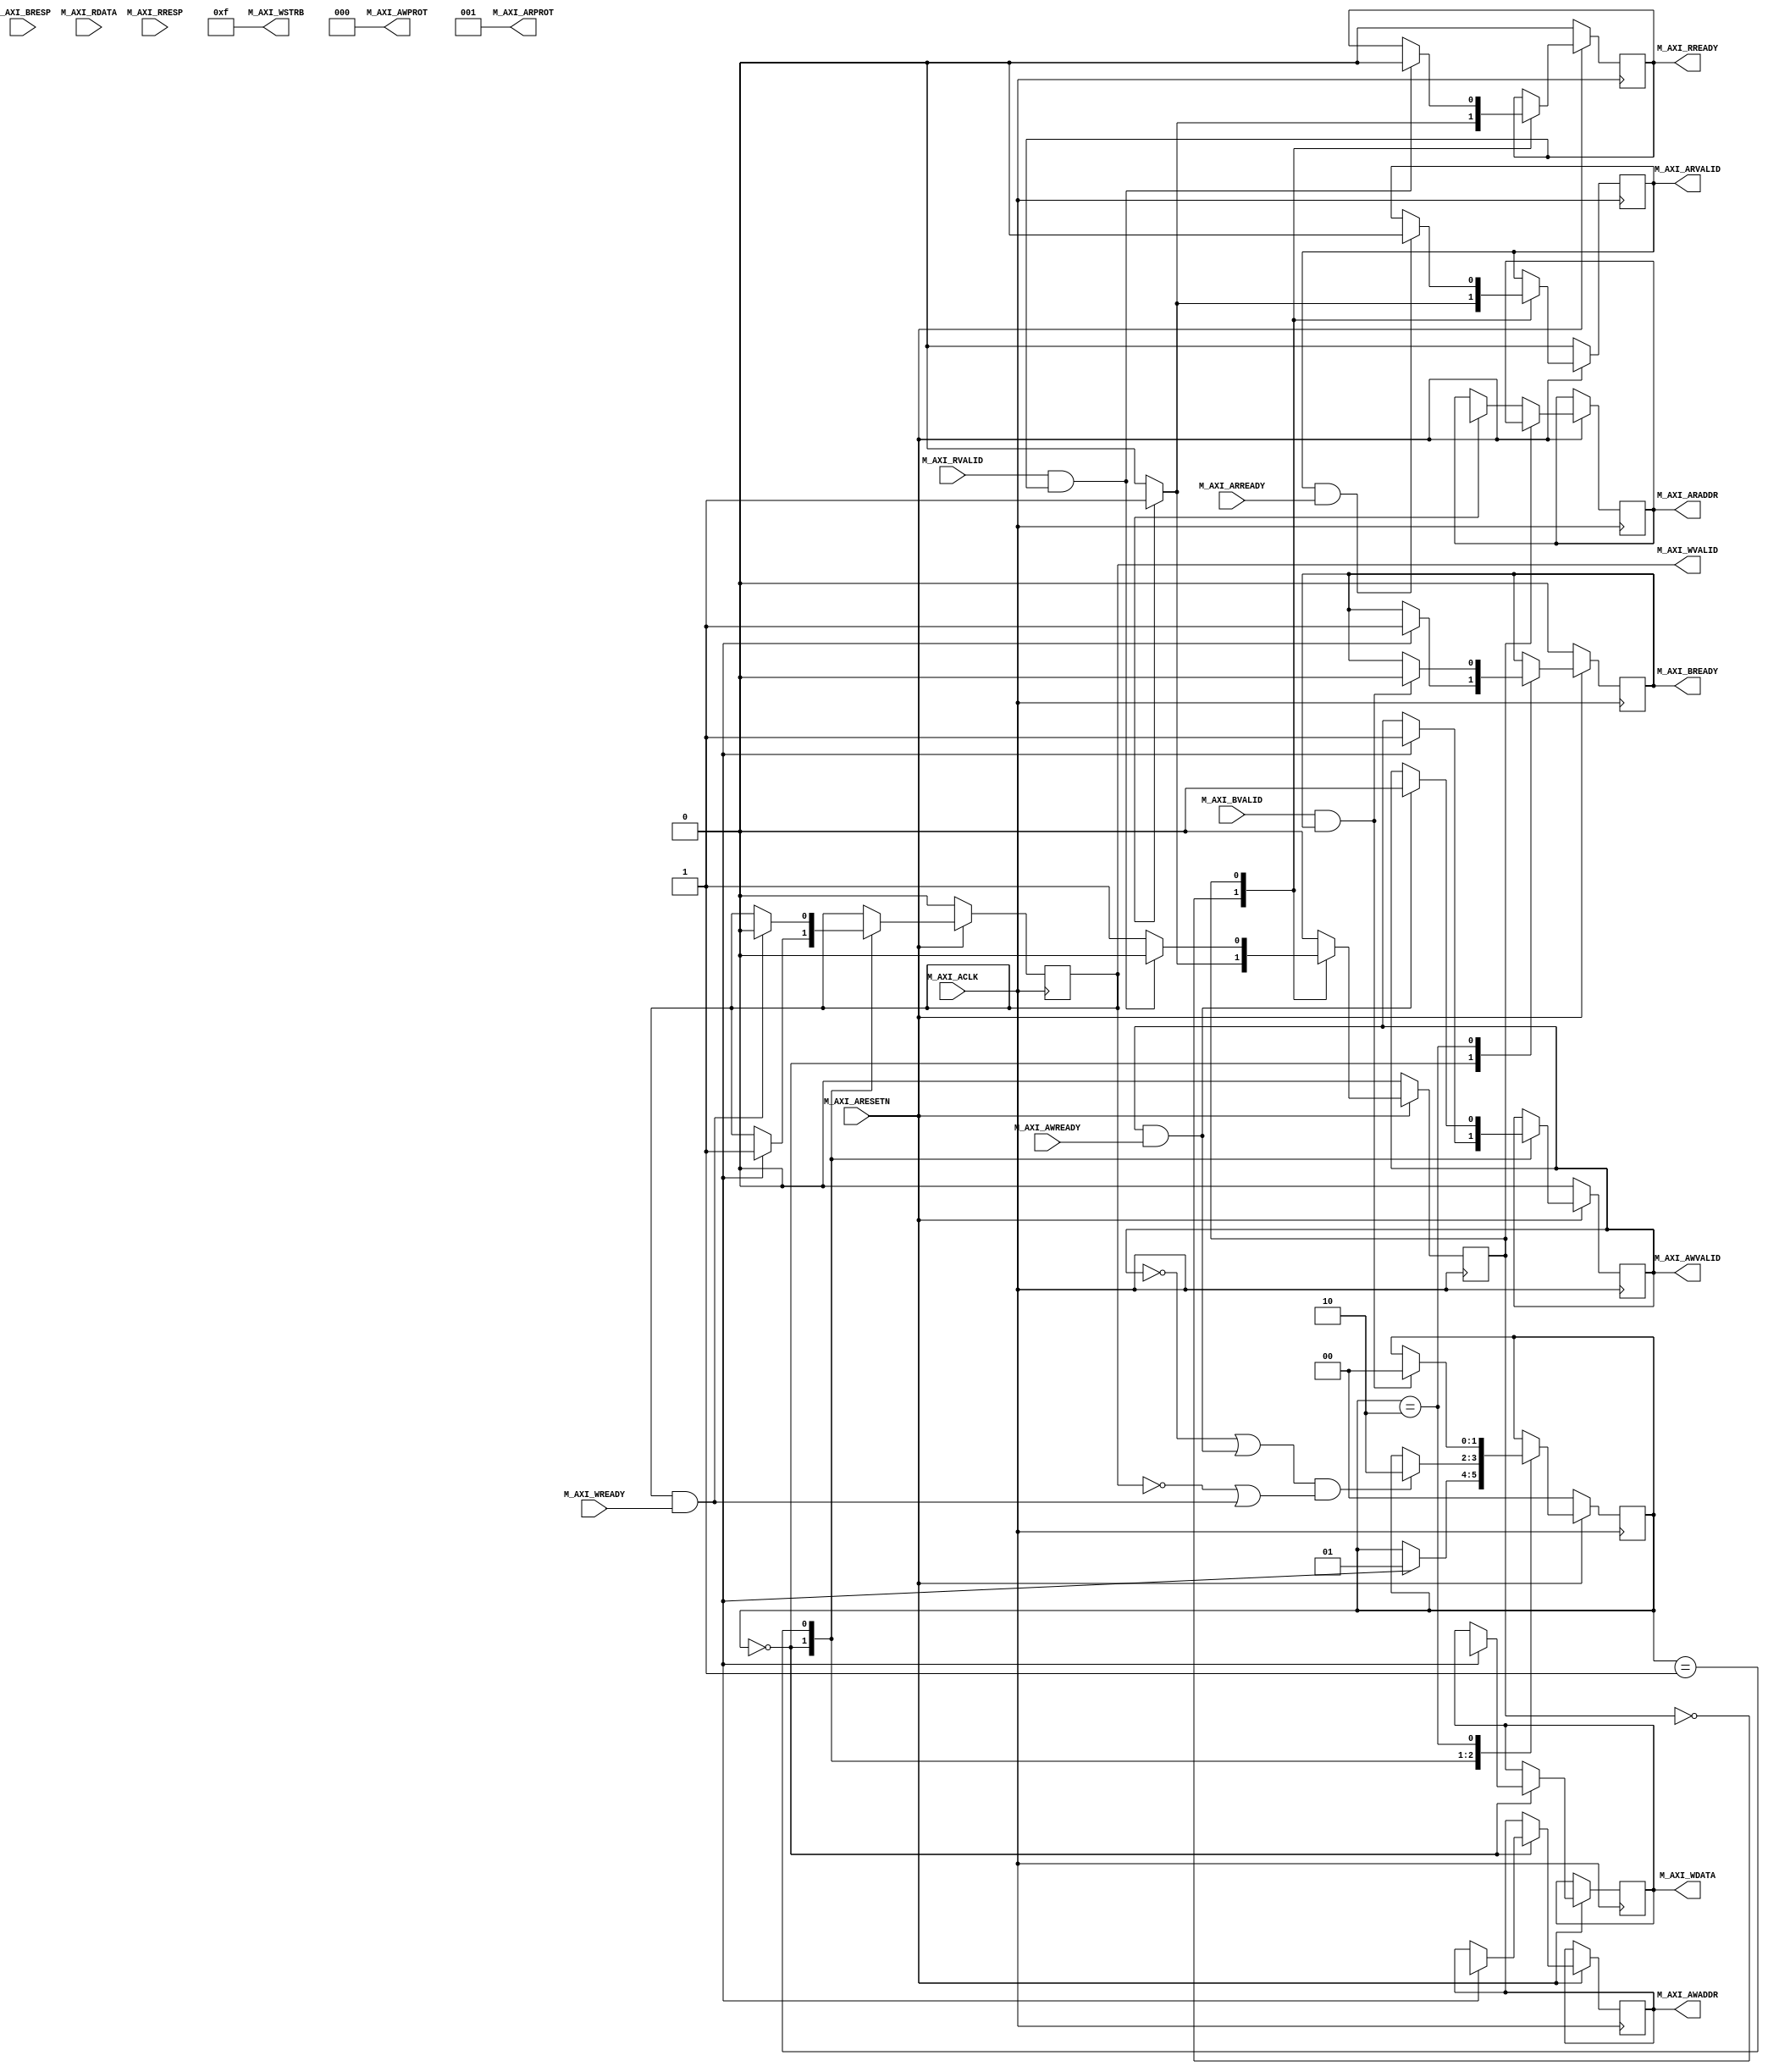
`timescale 1ns / 1ps

//====================================================================================
//                        ------->  Revision History  <------
//====================================================================================
//
//   Date     Who   Ver  Changes
//====================================================================================
// 10-May-22  DWW  1000  Initial creation
//====================================================================================


module ddr_control#
(
    parameter integer AXI_DATA_WIDTH = 32,
    parameter integer AXI_ADDR_WIDTH = 32
)
(

    //================ From here down is the AXI4-Lite interface ===============
    input wire  M_AXI_ACLK,
    input wire  M_AXI_ARESETN,
        
    // "Specify write address"              -- Master --    -- Slave --
    output wire [AXI_ADDR_WIDTH-1 : 0]      M_AXI_AWADDR,   
    output wire                             M_AXI_AWVALID,  
    input  wire                                             M_AXI_AWREADY,
    output wire  [2 : 0]                    M_AXI_AWPROT,

    // "Write Data"                         -- Master --    -- Slave --
    output wire [AXI_DATA_WIDTH-1 : 0]      M_AXI_WDATA,      
    output wire                             M_AXI_WVALID,
    output wire [(AXI_DATA_WIDTH/8)-1:0]    M_AXI_WSTRB,
    input  wire                                             M_AXI_WREADY,

    // "Send Write Response"                -- Master --    -- Slave --
    input  wire [1 : 0]                                     M_AXI_BRESP,
    input  wire                                             M_AXI_BVALID,
    output wire                             M_AXI_BREADY,

    // "Specify read address"               -- Master --    -- Slave --
    output wire [AXI_ADDR_WIDTH-1 : 0]      M_AXI_ARADDR,     
    output wire                             M_AXI_ARVALID,
    output wire [2 : 0]                     M_AXI_ARPROT,     
    input  wire                                             M_AXI_ARREADY,

    // "Read data back to master"           -- Master --    -- Slave --
    input  wire [AXI_DATA_WIDTH-1 : 0]                      M_AXI_RDATA,
    input  wire                                             M_AXI_RVALID,
    input  wire [1 : 0]                                     M_AXI_RRESP,
    output wire                             M_AXI_RREADY
    //==========================================================================

);

    localparam AXI_DATA_BYTES = (AXI_DATA_WIDTH/8);

    // Define the handshakes for all 5 AXI channels
    wire B_HANDSHAKE  = M_AXI_BVALID  & M_AXI_BREADY;
    wire R_HANDSHAKE  = M_AXI_RVALID  & M_AXI_RREADY;
    wire W_HANDSHAKE  = M_AXI_WVALID  & M_AXI_WREADY;
    wire AR_HANDSHAKE = M_AXI_ARVALID & M_AXI_ARREADY;
    wire AW_HANDSHAKE = M_AXI_AWVALID & M_AXI_AWREADY;

    //=========================================================================================================
    // FSM logic used for writing to the slave device.
    //
    //  To start:   amci_waddr = Address to write to
    //              amci_wdata = Data to write at that address
    //              amci_write = Pulsed high for one cycle
    //
    //  At end:     Write is complete when "amci_widle" goes high
    //              amci_wresp = AXI_BRESP "write response" signal from slave
    //=========================================================================================================
    reg[1:0]                    write_state = 0;

    // FSM user interface inputs
    reg[AXI_ADDR_WIDTH-1:0]     amci_waddr;
    reg[AXI_DATA_WIDTH-1:0]     amci_wdata;
    reg                         amci_write;

    // FSM user interface outputs
    wire                        amci_widle = (write_state == 0 && amci_write == 0);     
    reg[1:0]                    amci_wresp;

    // AXI registers and outputs
    reg[AXI_ADDR_WIDTH-1:0]     m_axi_awaddr;
    reg[AXI_DATA_WIDTH-1:0]     m_axi_wdata;
    reg                         m_axi_awvalid = 0;
    reg                         m_axi_wvalid = 0;
    reg                         m_axi_bready = 0;

    // Wire up the AXI interface outputs
    assign M_AXI_AWADDR  = m_axi_awaddr;
    assign M_AXI_WDATA   = m_axi_wdata;
    assign M_AXI_AWVALID = m_axi_awvalid;
    assign M_AXI_WVALID  = m_axi_wvalid;
    assign M_AXI_AWPROT  = 3'b000;
    assign M_AXI_WSTRB   = (1 << AXI_DATA_BYTES) - 1; // usually 4'b1111
    assign M_AXI_BREADY  = m_axi_bready;
    //=========================================================================================================
     
    always @(posedge M_AXI_ACLK) begin

        // If we're in RESET mode...
        if (M_AXI_ARESETN == 0) begin
            write_state   <= 0;
            m_axi_awvalid <= 0;
            m_axi_wvalid  <= 0;
            m_axi_bready  <= 0;
        end        
        
        // Otherwise, we're not in RESET and our state machine is running
        else case (write_state)
            
            // Here we're idle, waiting for someone to raise the 'amci_write' flag.  Once that happens,
            // we'll place the user specified address and data onto the AXI bus, along with the flags that
            // indicate that the address and data values are valid
            0:  if (amci_write) begin
                    m_axi_awaddr    <= amci_waddr;  // Place our address onto the bus
                    m_axi_wdata     <= amci_wdata;  // Place our data onto the bus
                    m_axi_awvalid   <= 1;           // Indicate that the address is valid
                    m_axi_wvalid    <= 1;           // Indicate that the data is valid
                    m_axi_bready    <= 1;           // Indicate that we're ready for the slave to respond
                    write_state     <= 1;           // On the next clock cycle, we'll be in the next state
                end
                
           // Here, we're waiting around for the slave to acknowledge our request by asserting M_AXI_AWREADY
           // and M_AXI_WREADY.  Once that happens, we'll de-assert the "valid" lines.  Keep in mind that we
           // don't know what order AWREADY and WREADY will come in, and they could both come at the same
           // time.      
           1:   begin   
                    // Keep track of whether we have seen the slave raise AWREADY or WREADY
                    if (AW_HANDSHAKE) m_axi_awvalid <= 0;
                    if (W_HANDSHAKE ) m_axi_wvalid  <= 0;

                    // If we've seen AWREADY (or if its raised now) and if we've seen WREADY (or if it's raised now)...
                    if ((~m_axi_awvalid || AW_HANDSHAKE) && (~m_axi_wvalid || W_HANDSHAKE)) begin
                        write_state <= 2;
                    end
                end
                
           // Wait around for the slave to assert "M_AXI_BVALID".  When it does, we'll save the 
           // write-response, lower M_AXI_BREADY, and go back to waiting for a start signal
           2:   if (B_HANDSHAKE) begin
                    amci_wresp   <= M_AXI_BRESP;
                    m_axi_bready <= 0;
                    write_state  <= 0;
                end

        endcase
    end
    //=========================================================================================================





    //=========================================================================================================
    // FSM logic used for reading from a slave device.
    //
    //  To start:   amci_raddr = Address to read from
    //              amci_read  = Pulsed high for one cycle
    //
    //  At end:   Read is complete when "amci_ridle" goes high.
    //            amci_rdata = The data that was read
    //            amci_rresp = The AXI "read response" that is used to indicate success or failure
    //=========================================================================================================
    reg                         read_state = 0;

    // FSM user interface inputs
    reg[AXI_ADDR_WIDTH-1:0]     amci_raddr;
    reg                         amci_read;

    // FSM user interface outputs
    reg[AXI_DATA_WIDTH-1:0]     amci_rdata;
    reg[1:0]                    amci_rresp;
    wire                        amci_ridle = (read_state == 0 && amci_read == 0);     

    // AXI registers and outputs
    reg[AXI_ADDR_WIDTH-1:0]     m_axi_araddr;
    reg                         m_axi_arvalid = 0;
    reg                         m_axi_rready;

    // Wire up the AXI interface outputs
    assign M_AXI_ARADDR  = m_axi_araddr;
    assign M_AXI_ARVALID = m_axi_arvalid;
    assign M_AXI_ARPROT  = 3'b001;
    assign M_AXI_RREADY  = m_axi_rready;
    //=========================================================================================================
    always @(posedge M_AXI_ACLK) begin
         
        if (M_AXI_ARESETN == 0) begin
            read_state    <= 0;
            m_axi_arvalid <= 0;
            m_axi_rready  <= 0;
        end else case (read_state)

            // Here we are waiting around for someone to raise "amci_read", which signals us to begin
            // a AXI read at the address specified in "amci_raddr"
            0:  if (amci_read) begin
                    m_axi_araddr  <= amci_raddr;
                    m_axi_arvalid <= 1;
                    m_axi_rready  <= 1;
                    read_state    <= 1;
                end else begin
                    m_axi_arvalid <= 0;
                    m_axi_rready  <= 0;
                    read_state    <= 0;
                end
            
            // Wait around for the slave to raise M_AXI_RVALID, which tells us that M_AXI_RDATA
            // contains the data we requested
            1:  begin
                    if (AR_HANDSHAKE) begin
                        m_axi_arvalid <= 0;
                    end

                    if (R_HANDSHAKE) begin
                        amci_rdata    <= M_AXI_RDATA;
                        amci_rresp    <= M_AXI_RRESP;
                        m_axi_rready  <= 0;
                        read_state    <= 0;
                    end
                end

        endcase
    end
    //=========================================================================================================


endmodule